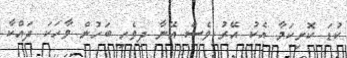
ކުޑަ ކޮށިކަމާ އެކު އޭރު ވެސް އޭނާ ދިވެހި ބަހުން ވާހަކަ ދައްކާ